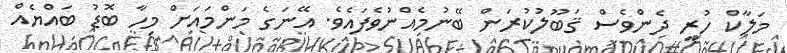
މަލާކް ހުރީ ދެންވެސް ޤަބޫލުކުރަން ބޭނުމެއްނުވެފައެވެ. އޭނަގެ މަންމައަށް މިހާ ބޮޑު ބައްޔެއް